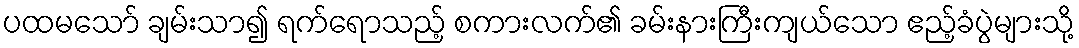
ပထမသော် ချမ်းသာ၍ ရက်ရောသည့် စကားလက်၏ ခမ်းနားကြီးကျယ်သော ဧည့်ခံပွဲများသို့